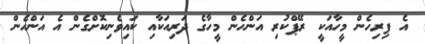
އެ ފިރިހެން މީހާއަކީ ރޭޕްކުރި އަންހެން މީހާގެ ދަރިއަކާއި ކައިވެނިކޮށްގެން އެ އަންހެން